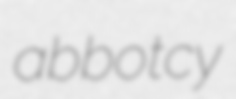
abbotcy